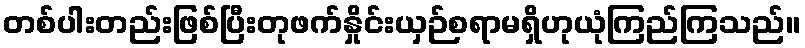
တစ်ပါးတည်းဖြစ်ပြီးတုဖက်နှိုင်းယှဉ်စရာမရှိဟုယုံကြည်ကြသည်။